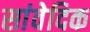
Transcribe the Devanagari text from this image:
सांवेदिक